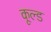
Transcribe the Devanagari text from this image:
कूल्‍ड